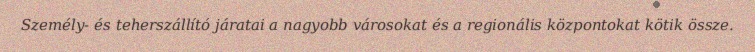
Személy- és teherszállító járatai a nagyobb városokat és a regionális központokat kötik össze.